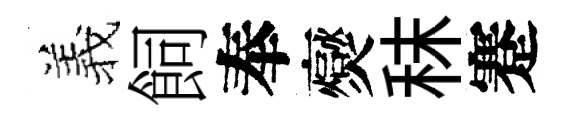
羲飼奉爕秣蹇